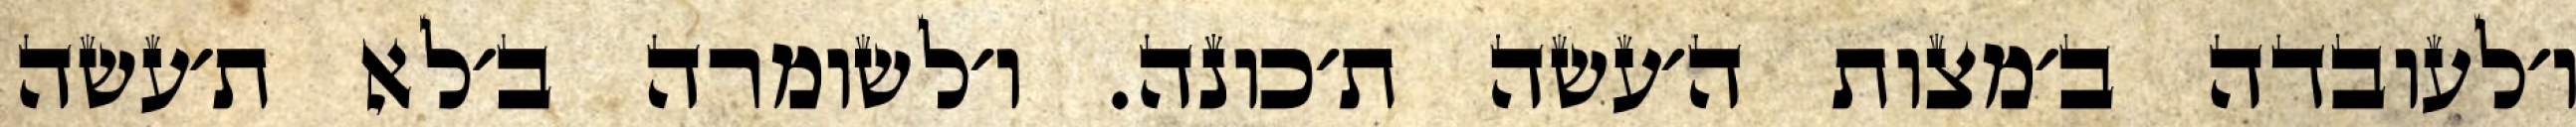
ו׳לעובדה ב׳מצות ה׳עשה ת׳כונה. ו׳לשומרה ב׳לא ת׳עשה